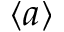
\langle a \rangle